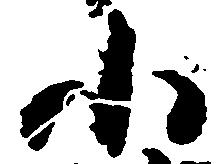
小